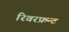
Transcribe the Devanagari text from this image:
रिवरफ्रन्ट